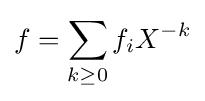
f=\sum _{k\geq 0}f_{i}X^{-k}